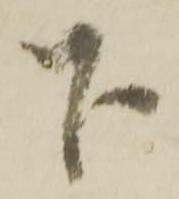
下